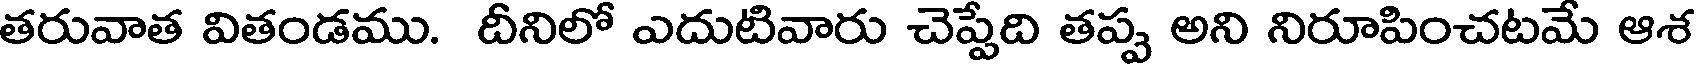
తరువాత వితండము. దీనిలో ఎదుటివారు చెప్పేది తప్ప అని నిరూపించటమే ఆశ